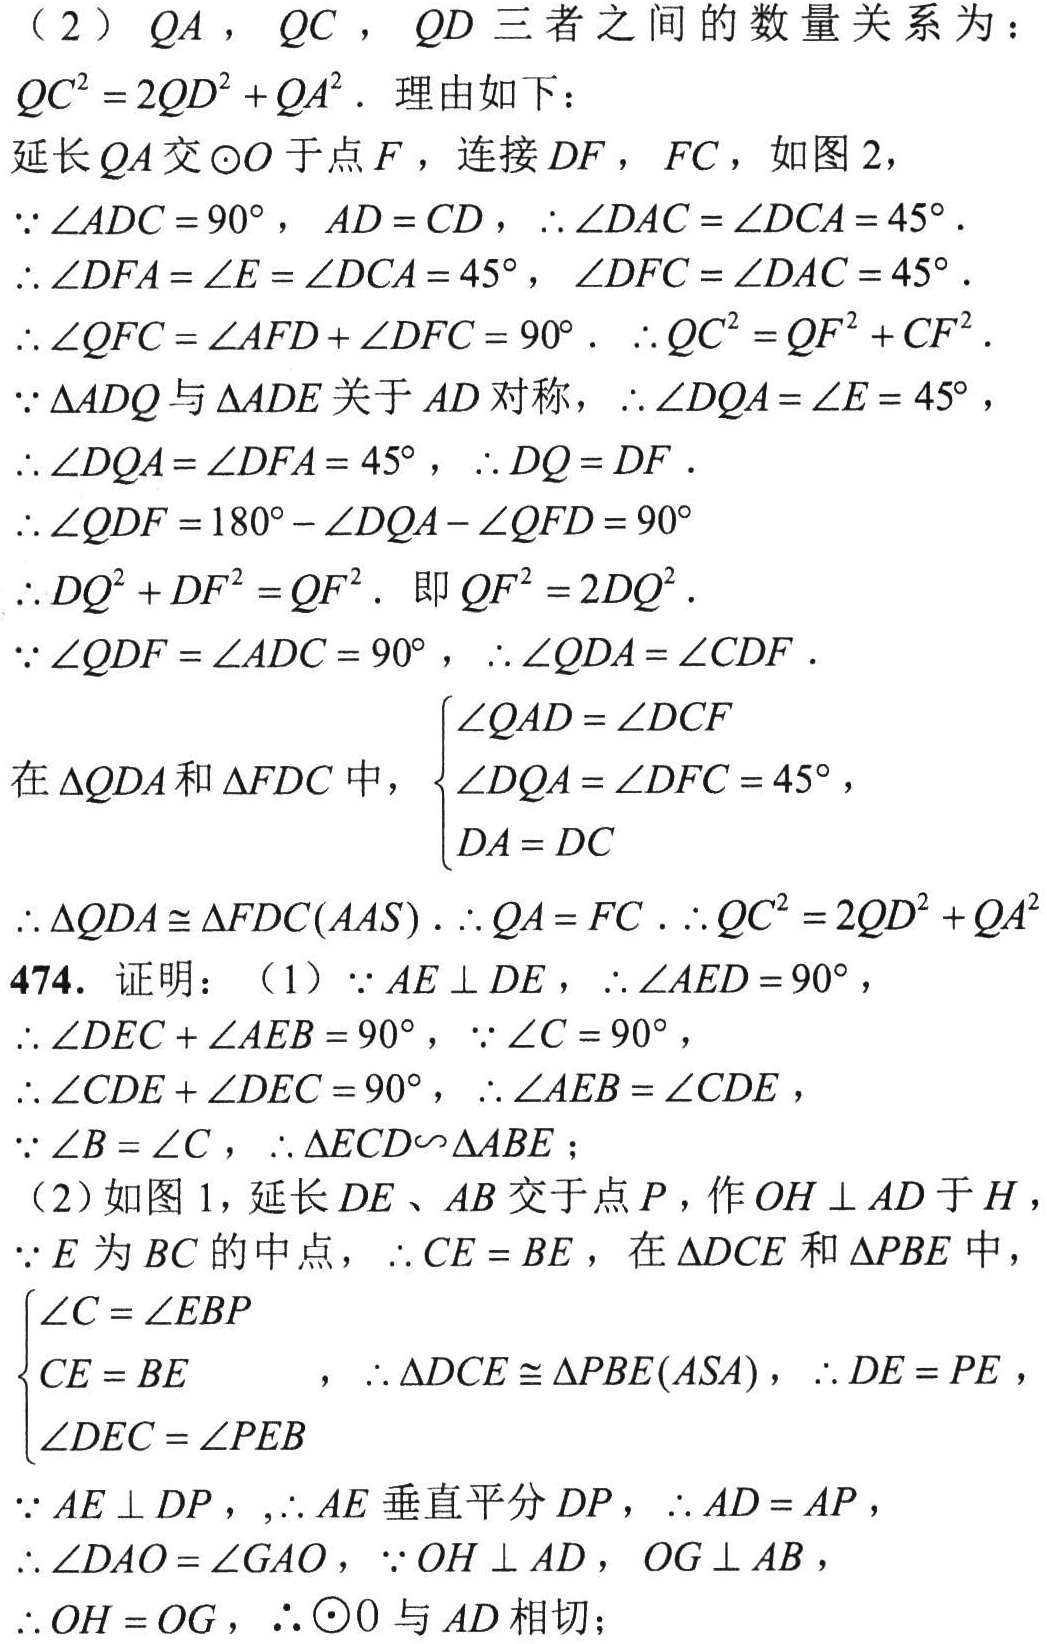
（2）$QA$，$QC$，$QD$三者之间的数量关系为：
$QC^{2}=2QD^{2}+QA^{2}$. 理由如下：
延长$QA$交$\odot O$于点$F$，连接$DF$，$FC$，如图2，
$\because\angle ADC = 90^{\circ}$，$AD = CD$，$\therefore\angle DAC=\angle DCA = 45^{\circ}$.
$\therefore\angle DFA=\angle E=\angle DCA = 45^{\circ}$，$\angle DFC=\angle DAC = 45^{\circ}$.
$\therefore\angle QFC=\angle AFD+\angle DFC = 90^{\circ}$. $\therefore QC^{2}=QF^{2}+CF^{2}$.
$\because\triangle ADQ$与$\triangle ADE$关于$AD$对称，$\therefore\angle DQA=\angle E = 45^{\circ}$，
$\therefore\angle DQA=\angle DFA = 45^{\circ}$，$\therefore DQ = DF$.
$\therefore\angle QDF = 180^{\circ}-\angle DQA-\angle QFD = 90^{\circ}$
$\therefore DQ^{2}+DF^{2}=QF^{2}$. 即$QF^{2}=2DQ^{2}$.
$\because\angle QDF=\angle ADC = 90^{\circ}$，$\therefore\angle QDA=\angle CDF$.
在$\triangle QDA$和$\triangle FDC$中，$\begin{cases}
\angle QAD=\angle DCF\\
\angle DQA=\angle DFC = 45^{\circ}\\
DA = DC
\end{cases}$
$\therefore\triangle QDA\cong\triangle FDC(AAS)$. $\therefore QA = FC$. $\therefore QC^{2}=2QD^{2}+QA^{2}$
474. 证明：（1）$\because AE\perp DE$，$\therefore\angle AED = 90^{\circ}$，
$\therefore\angle DEC+\angle AEB = 90^{\circ}$，$\because\angle C = 90^{\circ}$，
$\therefore\angle CDE+\angle DEC = 90^{\circ}$，$\therefore\angle AEB=\angle CDE$，
$\because\angle B=\angle C$，$\therefore\triangle ECD\sim\triangle ABE$；
（2）如图1，延长$DE$、$AB$交于点$P$，作$OH\perp AD$于$H$，
$\because E$为$BC$的中点，$\therefore CE = BE$，在$\triangle DCE$和$\triangle PBE$中，
$\begin{cases}
\angle C=\angle EBP\\
CE = BE\\
\angle DEC=\angle PEB
\end{cases}$，$\therefore\triangle DCE\cong\triangle PBE(ASA)$，$\therefore DE = PE$，
$\because AE\perp DP$，$,\therefore AE$垂直平分$DP$，$\therefore AD = AP$，
$\therefore\angle DAO=\angle GAO$，$\because OH\perp AD$，$OG\perp AB$，
$\therefore OH = OG$，$\therefore\odot O$与$AD$相切；